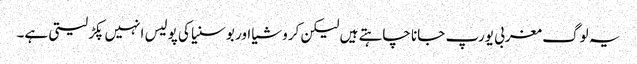
یہ لوگ مغربی یورپ جانا چاہتے ہیں لیکن کروشیا اور بوسنیا کی پولیس انہیں پکڑ لیتی ہے۔